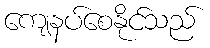
ကျေနပ်စေနိုင်သည်